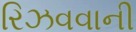
રિઝવવાની